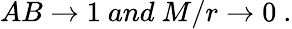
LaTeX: AB\rightarrow 1\ and\ M/r\rightarrow 0\ .